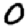
Digit: 0